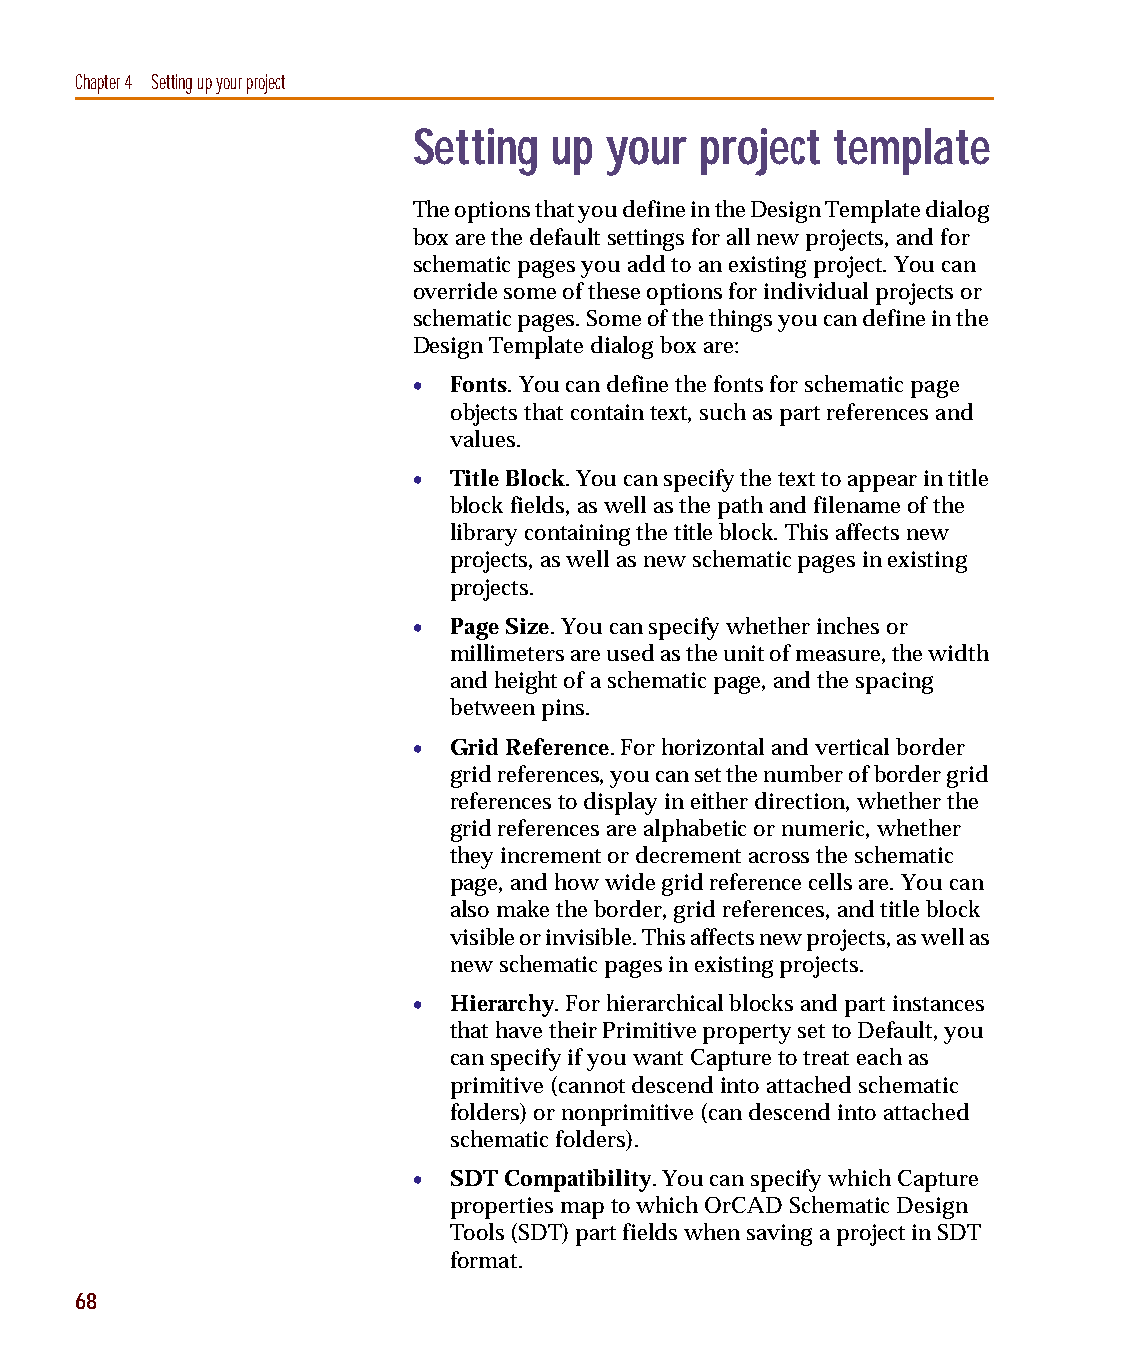
capug.book Page 68 Thursday, November 12, 1998 3:38 PM
 Chapter 4 Setting up your project
 Setting  up  your  project  template
 The options that you define in the Design Template dialog
 box are the default settings for all new projects, and for
 schematic pages you add to an existing project. You can
 override some of these options for individual projects or
 schematic pages. Some of the things you can define in the
 Design Template dialog box are:
 •  Fonts. You can define the fonts for schematic page
 objects that contain text, such as part references and
 values.
 •  Title Block. You can specify the text to appear in title
 block fields, as well as the path and filename of the
 library containing the title block. This affects new
 projects, as well as new schematic pages in existing
 projects.
 •  Page Size. You can specify whether inches or
 millimeters are used as the unit of measure, the width
 and height of a schematic page, and the spacing
 between pins.
 •  Grid Reference. For horizontal and vertical border
 grid references, you can set the number of border grid
 references to display in either direction, whether the
 grid references are alphabetic or numeric, whether
 they increment or decrement across the schematic
 page, and how wide grid reference cells are. You can
 also make the border, grid references, and title block
 visible or invisible. This affects new projects, as well as
 new schematic pages in existing projects.
 •  Hierarchy. For hierarchical blocks and part instances
 that have their Primitive property set to Default, you
 can specify if you want Capture to treat each as
 primitive (cannot descend into attached schematic
 folders) or nonprimitive (can descend into attached
 schematic folders).
 •  SDT Compatibility. You can specify which Capture
 properties map to which OrCAD Schematic Design
 Tools (SDT) part fields when saving a project in SDT
 format.
 68